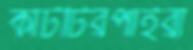
কাটটিরপাইরা